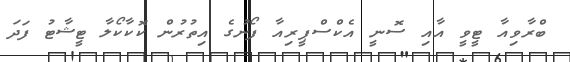
ބްރާވިއާ ޓީވީ އާއި ސޮނީ އެކްސްޕީރިއާ ފޯނުގެ އިތުރުން ކޮކާކޯލާ ޓީޝާޓު ފަދަ